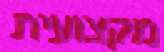
מקצועית